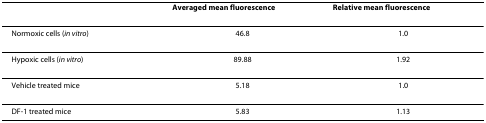
<table><thead><tr><td></td><td><b>Averaged mean fluorescence</b></td><td><b>Relative mean fluorescence</b></td></tr></thead><tbody><tr><td>Normoxic cells (<i>in vitro</i>)</td><td>46.8</td><td>1.0</td></tr><tr><td>Hypoxic cells (<i>in vitro</i>)</td><td>89.88</td><td>1.92</td></tr><tr><td>Vehicle treated mice</td><td>5.18</td><td>1.0</td></tr><tr><td>DF-1 treated mice</td><td>5.83</td><td>1.13</td></tr></tbody></table>